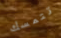
تتمسك